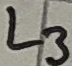
Text: L3